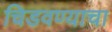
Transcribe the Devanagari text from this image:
चिडवण्याचा